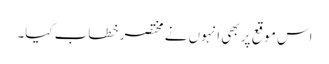
اس موقع پر بھی انہوں نے مختصر خطاب کیا۔